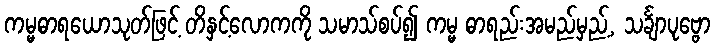
ကမ္မဓာရယောသုတ်ဖြင့် တိနှင့်လောကကို သမာသ်စပ်၍ ကမ္မ ဓာရည်းအမည်မှည့်, သင်္ချာပုဗ္ဗော